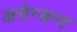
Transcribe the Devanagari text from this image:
असेन्डन्ट